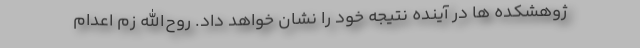
ژوهشکده ها در آینده نتیجه خود را نشان خواهد داد. روح‌الله زم اعدام